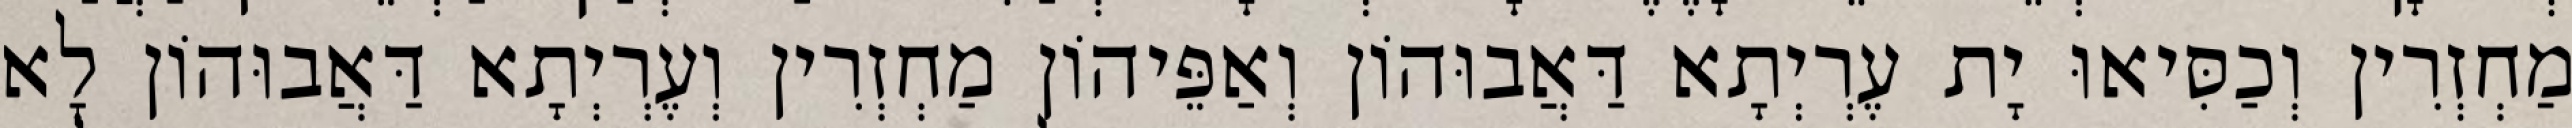
מַחְזְרִין וְכַסִּיאוּ יָת עֶרְיְתָא דַּאֲבוּהוֹן וְאַפֵּיהוֹן מַחְזְרִין וְעֶרְיְתָא דַּאֲבוּהוֹן לָא